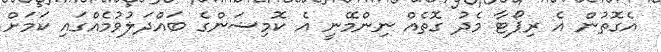
އެގޮތުން އެ ރިޕޯޓާ މެދު ގޮތެއް ނިންމޭނީ އެ ކޮމިޝަންގެ ބައްދަލުވުމެއްގައި ކަމަށް